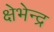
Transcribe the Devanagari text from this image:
क्षेभेन्द्र